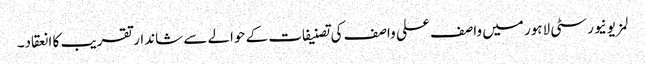
لمز یونیورسٹی لاہور میں واصف علی واصف کی تصنیفات کے حوالے سے شاندار تقریب کا انعقاد۔